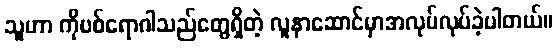
သူဟာ ကိုဗစ်ရောဂါသည်တွေရှိတဲ့ လူနာဆောင်မှာအလုပ်လုပ်ခဲ့ပါတယ်။